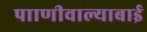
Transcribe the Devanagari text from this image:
पााणीवाल्याबाई